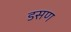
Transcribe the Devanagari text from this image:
डसण